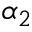
\alpha _ { 2 }